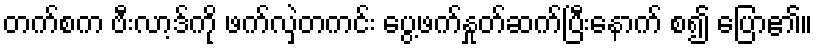
တက်စက ဗီးလာ့ဒ်ကို ဖက်လှဲတကင်း ပွေ့ဖက်နှုတ်ဆက်ပြီးနောက် စ၍ ပြော၏။